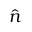
\hat { \boldsymbol { n } }